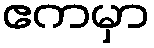
ဧကမှာ